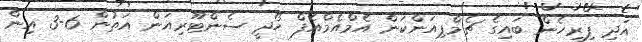
އަދި ފިރިހެން ބައިގެ ޗެމްޕިއަންކަން އެމްއެމްއެފް ހޯދީ ސެންޓޫރިއަން އަތުން 6-3 އިން